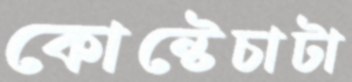
কোন্টেচাটা